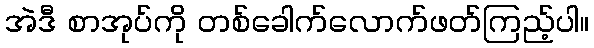
အဲဒီ စာအုပ်ကို တစ်ခေါက်လောက်ဖတ်ကြည့်ပါ။